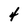
Character: 4